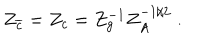
Z _ { \overline { { { c } } } } = Z _ { c } = Z _ { g } ^ { - 1 } Z _ { A } ^ { - 1 / 2 } \; .